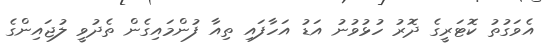
އެވަގުތު ކޮޓަރީގެ ދޮރު ހުޅުވުނު އަޑު އަހާފައި ތިއާ ފުންމައިގެން ތެދުވީ ލުޖައިންގެ